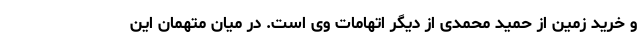
و خرید زمین از حمید محمدی از دیگر اتهامات وی است. در میان متهمان این